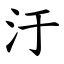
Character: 汙